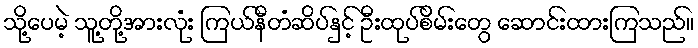
သို့ပေမဲ့ သူ့တို့အားလုံး ကြယ်နီတံဆိပ်နှင့် ဦးထုပ်စိမ်းတွေ ဆောင်းထားကြသည်။